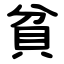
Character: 貧